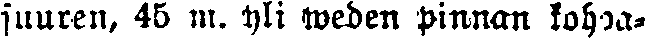
svuren, 45 m. yli weden pinnan kohoaa-